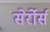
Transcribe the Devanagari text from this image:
सेर्रोर्स